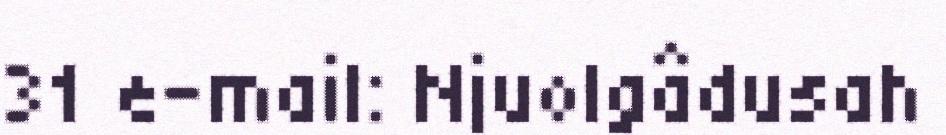
31 e-mail: Njuolgâdusah